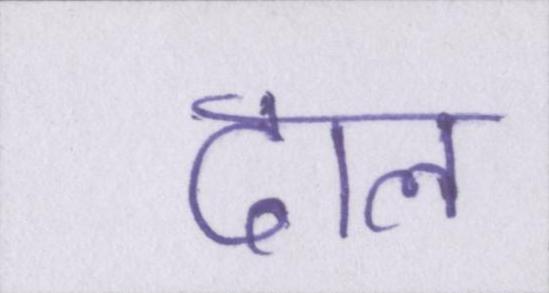
दाल